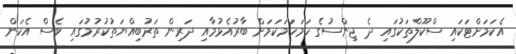
އެކަމަށްޓަކައި ސްކޫލްތަކުގައި ދެ ޖިންސުގެ ހަމަހަމަކަމަށް ބާރުއެޅުމާއި ދަރިން ތަރުބިއްޔަތުކުރުމުގައި ވެސް އެކަން